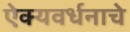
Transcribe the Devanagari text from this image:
ऐक्यवर्धनाचे